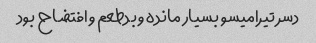
دسر تیرامیسو بسیار مانده و بدطعم و افتضاح بود